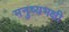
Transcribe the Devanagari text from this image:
मनुष्यभक्षी